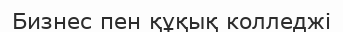
Бизнес пен құқық колледжі